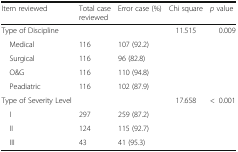
| Item reviewed | Total case reviewed | Error case (%) | Chi square | p value |
 | --- | --- | --- | --- | --- |
 | Type of Discipline |  |  | 11.515 | 0.009 |
 | Medical | 116 | 107 (92.2) |  |  |
 | Surgical | 116 | 96 (82.8) |  |  |
 | O&G | 116 | 110 (94.8) |  |  |
 | Peadiatric | 116 | 102 (87.9) |  |  |
 | Type of Severity Level |  |  | 17.658 | <0.001 |
 | I | 297 | 259 (87.2) |  |  |
 | II | 124 | 115 (92.7) |  |  |
 | III | 43 | 41 (95.3) |  |  |